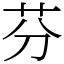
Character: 芬